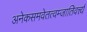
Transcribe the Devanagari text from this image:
अनेकसमवेतत्वम्जातिवर्त्त्य